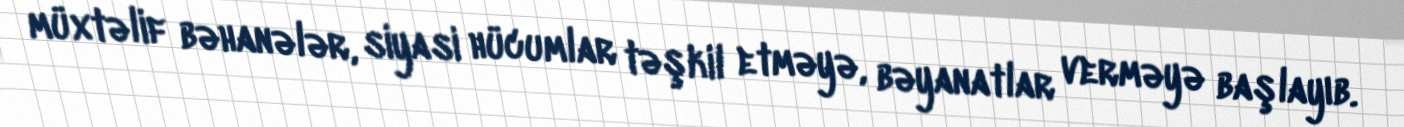
müxtəlif bəhanələr, siyasi hücumlar təşkil etməyə, bəyanatlar verməyə başlayıb.